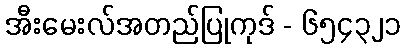
အီးမေးလ်အတည်ပြုကုဒ် - ၆၅၄၃၂၁